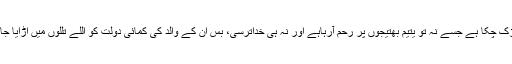
ایک طرف ماں دوسری طرف چچاجو سوتیلے پن کی آگ میں بھڑک چکا ہے جسے نہ تو یتیم بھتیجوں پر رحم آرہاہے اور نہ ہی خداترسی، بس ان کے والد کی کمائی دولت کو اللے تللوں میں اڑایا جا رہا ہے اور بچے بس حسرت و یاس کی تصویر بنے بیٹھے ہیں۔